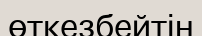
өткезбейтін